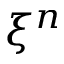
\xi ^ { n }